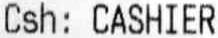
CSH: CASHIER